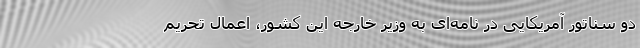
دو سناتور آمریکایی در نامه‌ای به وزیر خارجه این کشور، اعمال تحریم